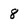
Character: 8